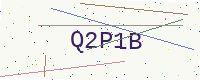
Text: Q2P1B